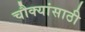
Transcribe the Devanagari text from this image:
चौक्यांसाठी